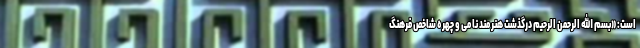
است: «بسم الله الرحمن الرحیم درگذشت هنرمند نامی و چهره شاخص فرهنگ